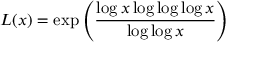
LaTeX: L ( x ) = \exp { \left( { \frac { \log x \log \log \log x } { \log \log x } } \right) }